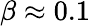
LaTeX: \beta\approx 0.1